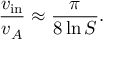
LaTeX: { \frac { v _ { \mathrm { i n } } } { v _ { A } } } \approx { \frac { \pi } { 8 \ln S } } .